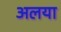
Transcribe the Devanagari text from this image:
अलया